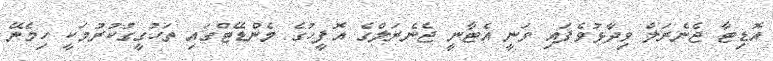
އޮޑިޓާ ޖެނެރަލް ވިދާޅުވެފައި ވަނީ އެޓާނީ ޖެނެރަލްގެ އޮފީހުގެ މެންޑޭޓްގައި ތަހުގީގުކުރުމަކީ ހިމެނޭ